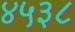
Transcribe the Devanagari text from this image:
४५३८